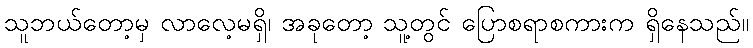
သူဘယ်တော့မှ လာလေ့မရှိ၊ အခုတော့ သူ့တွင် ပြောစရာစကားက ရှိနေသည်။